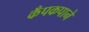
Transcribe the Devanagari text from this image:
कँपकपाने